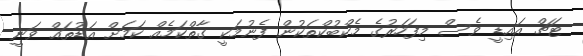
ޓަޗް އައިޑީ ވެސް މިފަހަރުގެ މެކްބުކްތަކުން ފެނުމަކީ ގާތްކަމެއް ކަމަށް އަޑުތައް ވަނީ